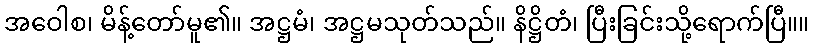
အဝေါစ၊ မိန့်တော်မူ၏။ အဋ္ဌမံ၊ အဋ္ဌမသုတ်သည်။ နိဋ္ဌိတံ၊ ပြီးခြင်းသို့ရောက်ပြီ။။